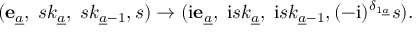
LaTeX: ( { \bf e } _ { \underline { { a } } } , \; s k _ { \underline { { a } } } , \; s k _ { { \underline { { a } } } - 1 } , s ) \to ( \mathrm { i } { \bf e } _ { \underline { { a } } } , \; \mathrm { i } s k _ { \underline { { a } } } , \; \mathrm { i } s k _ { { \underline { { a } } } - 1 } , ( - \mathrm { i } ) ^ { \delta _ { 1 { \underline { { a } } } } } s ) .